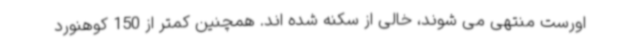
اورست منتهی می شوند، خالی از سکنه شده اند. همچنین کمتر از 150 کوهنورد